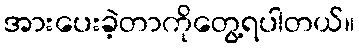
အားပေးခဲ့တာကိုတွေ့ရပါတယ်။